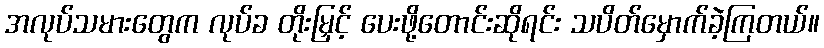
အလုပ်သမားတွေက လုပ်ခ တိုးမြှင့် ပေးဖို့တောင်းဆိုရင်း သပိတ်မှောက်ခဲ့ကြတယ်။